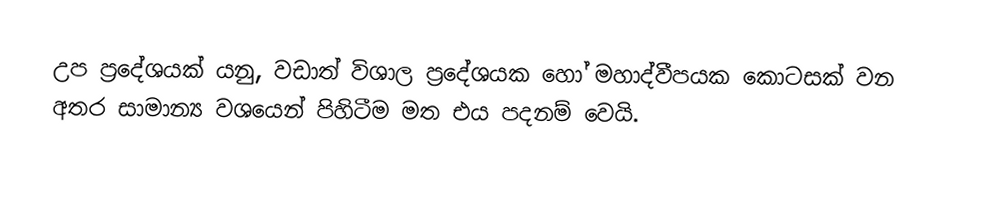
උප ප්‍රදේශයක් යනු,  වඩාත් විශාල ප්‍රදේශයක හෝ මහාද්වීපයක කොටසක් වන අතර සාමාන්‍ය වශයෙන් පිහිටීම මත එය පදනම් වෙයි.